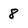
Character: 8